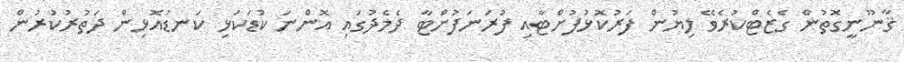
ޤާނޫނީގޮތުން ގެޒެޓްކުރެވޭ ލިޔުން ފަރުކޮޅުފުށްޓާއި ފުރަނަފުށްޓާ ދެމެދުގައި އޮންނަ ކުޑަކަޅި ކަނޑުއޮޅިން ދަތުރުކުރުން